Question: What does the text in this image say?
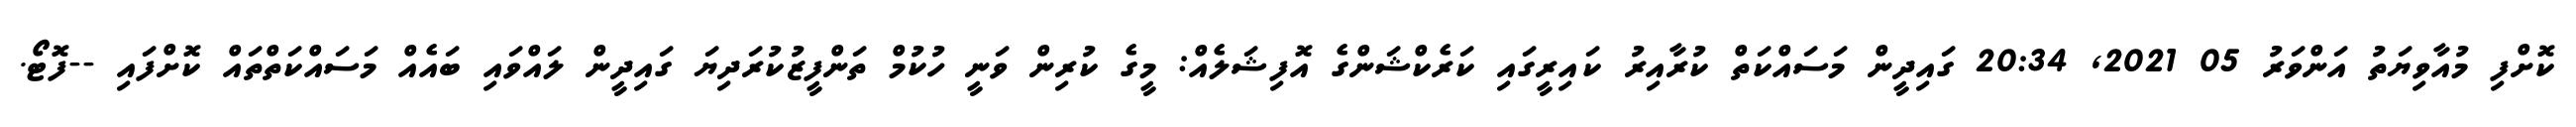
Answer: ކޮށްފި މުއާވިޔަތު އަންވަރު 05 2021, 20:34 ގައިދީން މަސައްކަތް ކުރާއިރު ކައިރީގައި ކަރެކްޝަންގެ އޮފިޝަލެއް: މީގެ ކުރިން ވަނީ ހުކުމް ތަންފީޒުކުރަދިޔަ ގައިދީން ލައްވައި ބައެއް މަސައްކަތްތައް ކޮށްފައި --ފޮޓޯ.